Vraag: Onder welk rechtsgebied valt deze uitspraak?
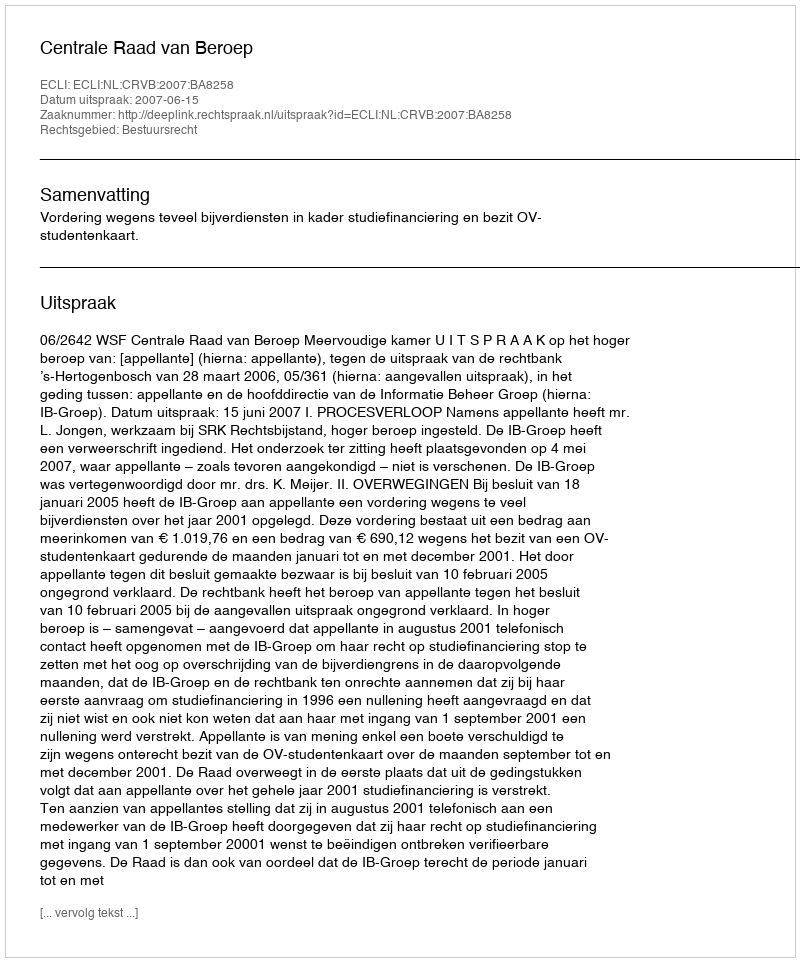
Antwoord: Bestuursrecht